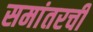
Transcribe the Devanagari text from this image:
समांतरची